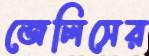
জেলিসের